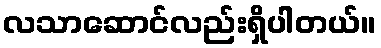
လသာဆောင်လည်းရှိပါတယ်။